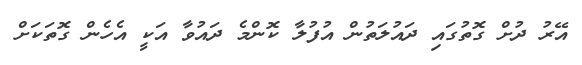
އޭރު ދުށް ގޮތުގައި ދައުލަތުން އުފުލާ ކޮންމެ ދައުވާ އަކީ އެހެން ގޮތަކަށް